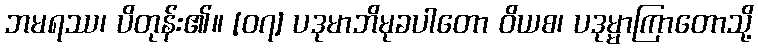
ဘမရဿ၊ ပိတုန်း၏။ [၀၇] ပဒုမာဘိမုခပါတော ဝိယစ၊ ပဒုမ္မာကြာတောသို့